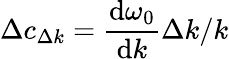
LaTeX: \Delta c_{\Delta k}=\frac{\mathrm{d}\omega_{0}}{\mathrm{d}k}\Delta k/k